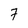
Character: 7